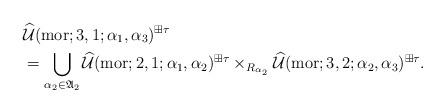
LaTeX: \begin{align*}\aligned&\widehat{\mathcal U}({\rm mor};3,1;\alpha_1,\alpha_3)^{\boxplus\tau} \\&=\bigcup_{\alpha_2 \in \frak A_2}\widehat{\mathcal U}({\rm mor};2,1;\alpha_1,\alpha_2)^{\boxplus\tau}\times_{R_{\alpha_2}}\widehat{\mathcal U}({\rm mor};3,2;\alpha_2,\alpha_3)^{\boxplus\tau}.\endaligned\end{align*}